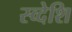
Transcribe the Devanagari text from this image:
स्व्देशि